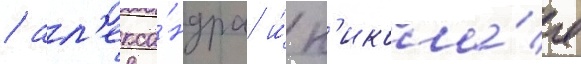
/ ал'екса́ндра и́ н'икола́я